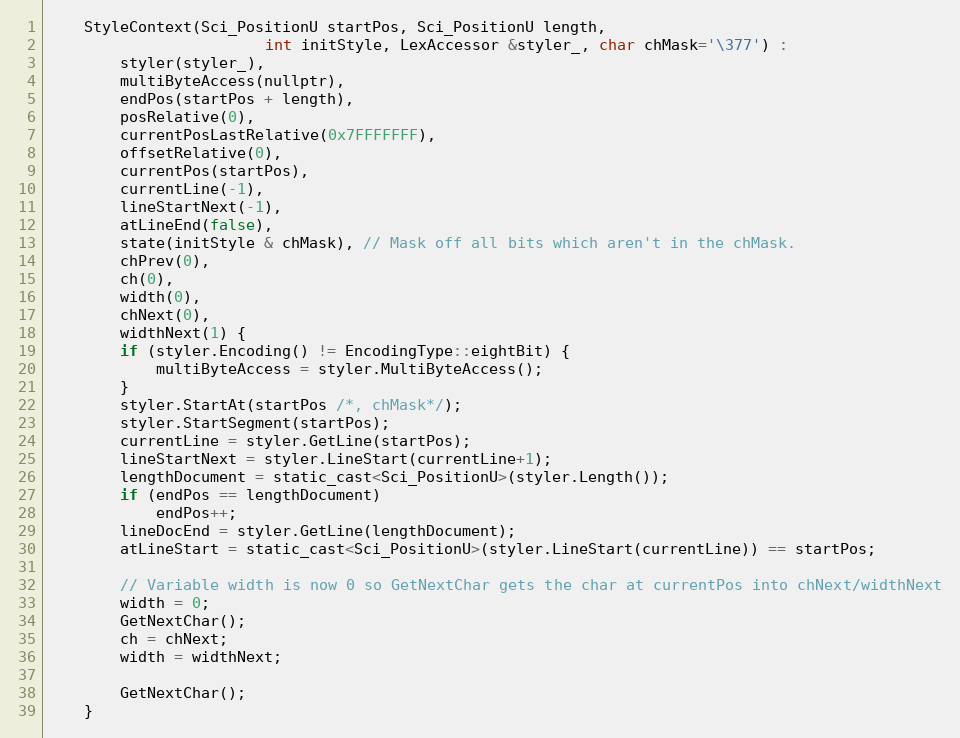
Language: C
	StyleContext(Sci_PositionU startPos, Sci_PositionU length,
                        int initStyle, LexAccessor &styler_, char chMask='\377') :
		styler(styler_),
		multiByteAccess(nullptr),
		endPos(startPos + length),
		posRelative(0),
		currentPosLastRelative(0x7FFFFFFF),
		offsetRelative(0),
		currentPos(startPos),
		currentLine(-1),
		lineStartNext(-1),
		atLineEnd(false),
		state(initStyle & chMask), // Mask off all bits which aren't in the chMask.
		chPrev(0),
		ch(0),
		width(0),
		chNext(0),
		widthNext(1) {
		if (styler.Encoding() != EncodingType::eightBit) {
			multiByteAccess = styler.MultiByteAccess();
		}
		styler.StartAt(startPos /*, chMask*/);
		styler.StartSegment(startPos);
		currentLine = styler.GetLine(startPos);
		lineStartNext = styler.LineStart(currentLine+1);
		lengthDocument = static_cast<Sci_PositionU>(styler.Length());
		if (endPos == lengthDocument)
			endPos++;
		lineDocEnd = styler.GetLine(lengthDocument);
		atLineStart = static_cast<Sci_PositionU>(styler.LineStart(currentLine)) == startPos;

		// Variable width is now 0 so GetNextChar gets the char at currentPos into chNext/widthNext
		width = 0;
		GetNextChar();
		ch = chNext;
		width = widthNext;

		GetNextChar();
	}